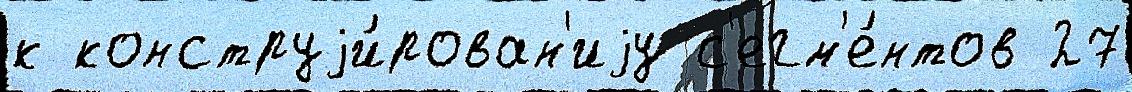
к конструjи́рован'иjу с'егм'е́нтов 27